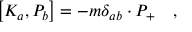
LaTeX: \left[ K _ { a } , P _ { b } \right] = - m \delta _ { a b } \cdot P _ { + } \quad ,